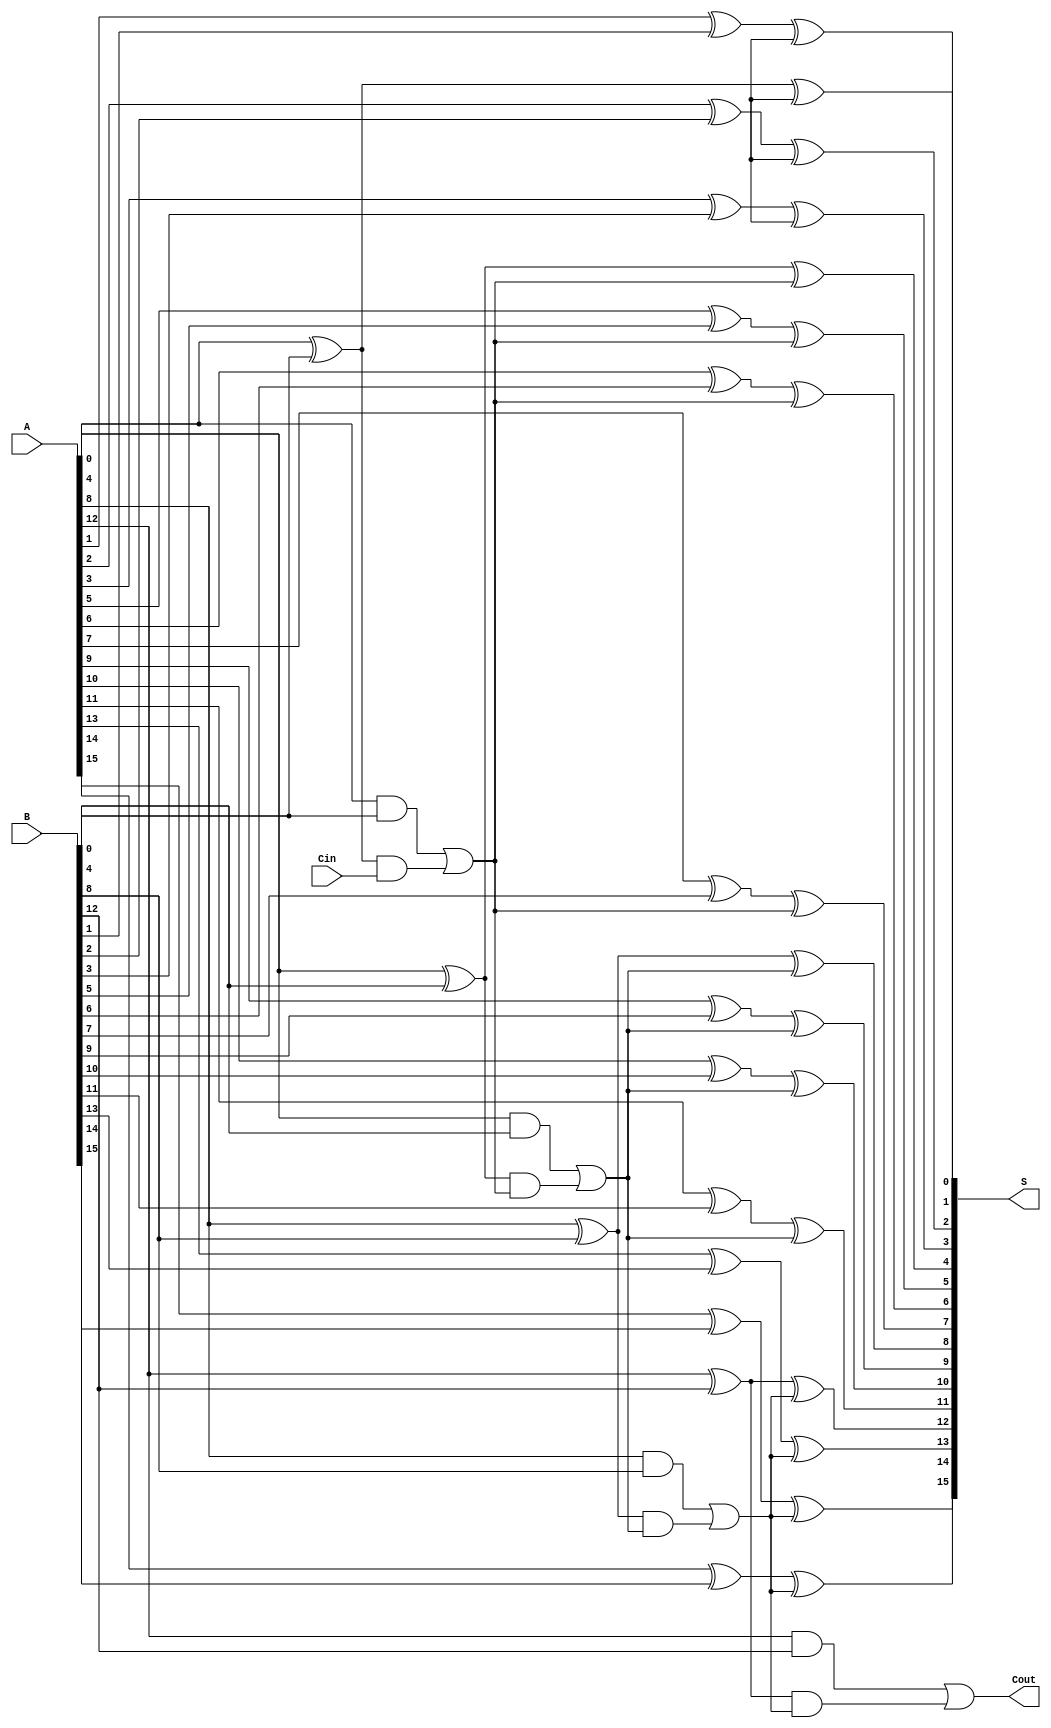
module han_carlson_adder #(parameter n = 16, parameter segment_size = 4) (
    input [n-1:0] A,
    input [n-1:0] B,
    input Cin,
    output [n-1:0] S,
    output Cout
);
    localparam num_segments = n / segment_size;

    // Internal signals
    wire [segment_size-1:0] P [0:num_segments-1];
    wire [segment_size-1:0] G [0:num_segments-1];
    wire [num_segments:0] C; // Carry signals, C[0] = Cin

    // Generate propagate and generate signals for each segment
    genvar i, j;
    generate
        for (i = 0; i < num_segments; i = i + 1) begin : segment
            for (j = 0; j < segment_size; j = j + 1) begin : bit
                assign P[i][j] = A[i*segment_size + j] ^ B[i*segment_size + j]; // Propagate
                assign G[i][j] = A[i*segment_size + j] & B[i*segment_size + j]; // Generate
            end

            // Carry generation for the segment
            if (i == 0) begin
                assign C[i+1] = G[i][0] | (P[i][0] & Cin); // First segment carry
            end else begin
                assign C[i+1] = G[i][0] | (P[i][0] & C[i]); // Subsequent segments carry
            end
        end
    endgenerate

    // Sum calculation using selected carries
    generate
        for (i = 0; i < num_segments; i = i + 1) begin : sum
            for (j = 0; j < segment_size; j = j + 1) begin : bit_sum
                assign S[i*segment_size + j] = P[i][j] ^ C[i]; // Sum for each segment
            end
        end
    endgenerate

    // Final carry-out
    assign Cout = C[num_segments];

endmodule